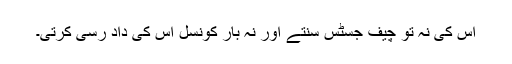
اُس کی نہ تو چیف جسٹس سنتے اور نہ بار کونسل اُس کی داد رسی کرتی۔